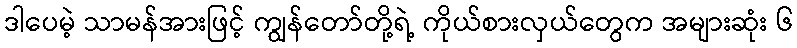
ဒါပေမဲ့ သာမန်အားဖြင့် ကျွန်တော်တို့ရဲ့ ကိုယ်စားလှယ်တွေက အများဆုံး ၆